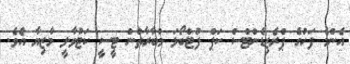
އެންމެ ފަހުގެ ޕްރެޒިޑެންޓްސް ކަޕް ފުޓްބޯޅަ މުބާރާތުން ޓީސީ ކަޓުވާލީ މާޒިޔާ އެވެ.